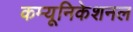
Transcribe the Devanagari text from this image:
कम्यूनिकेशनल